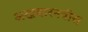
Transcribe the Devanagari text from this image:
अखबारनवीस